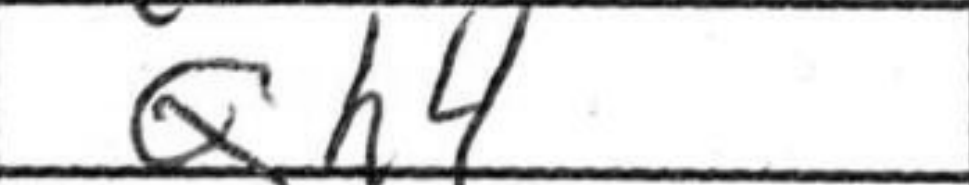
Transcription: Qh4